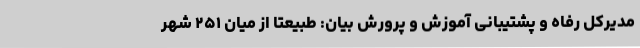
مدیرکل رفاه و پشتیبانی آموزش و پرورش بیان: طبیعتا از میان ۲۵۱ شهر